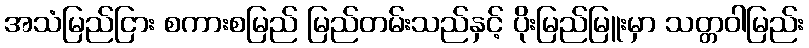
အသံမြည်ငြား စကားစမြည် မြည်တမ်းသည်နှင့် ပိုးမြည်မြူးမှာ သတ္တဝါမြည်း